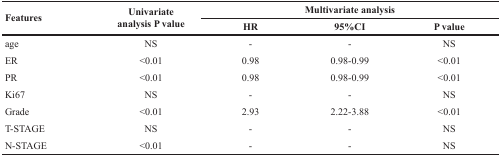
| <ROWSPAN=2> Features | <ROWSPAN=2> Univariateanalysis P value | <COLSPAN=3> Multivariate analysis |
 | HR | 95%CI | P value |
 | --- | --- | --- | --- | --- |
 | age | NS | - | - | NS |
 | ER | <0.01 | 0.98 | 0.98-0.99 | <0.01 |
 | PR | <0.01 | 0.98 | 0.98-0.99 | <0.01 |
 | Ki67 | NS | - | - | NS |
 | Grade | <0.01 | 2.93 | 2.22-3.88 | <0.01 |
 | T-STAGE | NS | - | - | NS |
 | N-STAGE | <0.01 | - | - | NS |